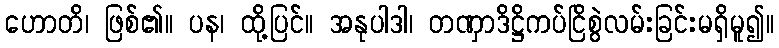
ဟောတိ၊ ဖြစ်၏။ ပန၊ ထို့ပြင်။ အနုပါဒါ၊ တဏှာဒိဋ္ဌိကပ်ငြိစွဲလမ်းခြင်းမရှိမူ၍။